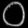
Digit: ၀